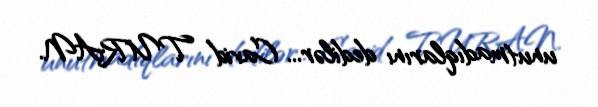
unutmadıqlarını dedilər... Cavid TURAN.